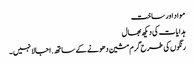
مواد اور ساخت
ہدایات کی دیکھ بھال
رنگوں کی طرح گرم مشین دھونے کے ساتھ. اجالا نہیں ۔